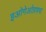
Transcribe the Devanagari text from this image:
इओगेओग्रफ्य